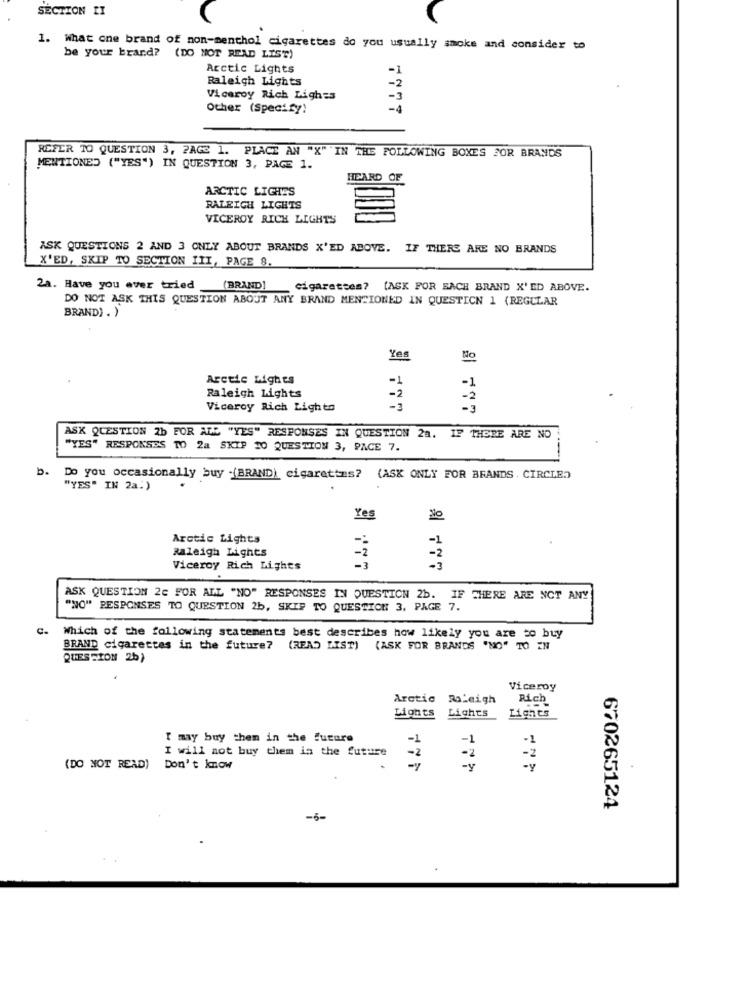
SECTION II
1. What one brand of non-menthol cigarettes do you usually smoke and consider to
be your brand? (DO NOT READ LIST)
Arctic Lights
Raleigh Lights
-2
Viceroy Rich Lighes
Other (Specify)
REFER TO QUESTION 3, PAGE 1. PLACE AN "X" IN THE FOLLOWING BOXES FOR BRANDS
MENTIONED ("YES") IN QUESTION 3, PAGE 1.
HEARD OF
ARCTIC LIGHTS
RALEIGH LIGHTS
VICEROY RICH LIGHTS
ASK QUESTIONS 2 AND 3 ONLY ABOUT BRANDS X'ED ABOVE. IF THERE ARE NO BRANDS
X'ED, SKIP TO SECTION III, PAGE 8.
21. Have you ever tried
(BRAND]
cigarettes? (ASK FOR EACH BRAND X'ED ABOVE.
DO NOT ASK THIS QUESTION ABOUT ANY BRAND MENTIONED IN QUESTICN 1 (REGULAR
BRAND) . )
Yes
No
Arctic Lights
- 1
Raleigh Lights
-2
- 2
Viceroy Rich Lights
ASK QUESTION 2b FOR ALL "YES" RESPONSES IN QUESTION 2a. IF THERE ARE NO
"YES" RESPONSES TO 2a SKIP TO QUESTION 3, PACE 7.
b. Do you occasionally buy -(BRAND) cigarettes? (ASK ONLY FOR BRANDS . CIRCLED
"YES" IN 2a.)
Yes
Arctic Lights
Raleigh Lights
Viceroy Rich Lights
-3
ASK QUESTION 2C FOR ALL "NO" RESPONSES IN QUESTION 2b. IF THERE ARE NOT ANY
"NO" RESPONSES TO QUESTION 2b, SKIP TO QUESTION 3, PAGE 7.
Which of the following statements best describes how likely you are to buy
BRAND cigarettes in the future? (READ LIST) (ASK FOR BRANDS "NO" TO IN
QUESTION 2b)
Viceroy
Arctic Raleigh
Rich
Lights
Lights
Lights
I may buy them in the future
-1
I will not buy them in the future
-1
-2
-2
(DO NOT READ)
Don't know
-
-y
670265124
-6-